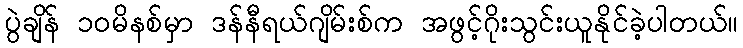
ပွဲချိန် ၁၀မိနစ်မှာ ဒန်နီရယ်ဂျိမ်းစ်က အဖွင့်ဂိုးသွင်းယူနိုင်ခဲ့ပါတယ်။